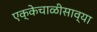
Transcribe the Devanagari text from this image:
एक्केचाळीसाव्या